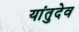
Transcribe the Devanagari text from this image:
यांतुदेव